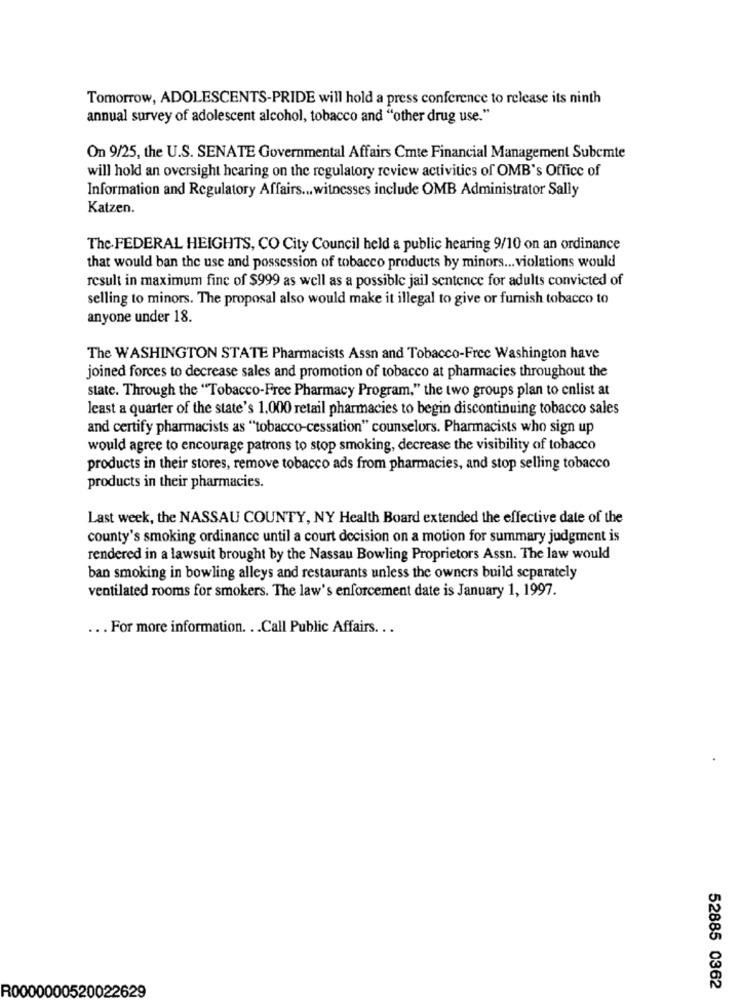
Tomorrow, ADOLESCENTS-PRIDE will hold a press conference to release its ninth
annual survey of adolescent alcohol, tobacco and "other drug use."
On 9/25, the U.S. SENATE Governmental Affairs Cmte Financial Management Subemte
will hold an oversight hearing on the regulatory review activities of OMB's Office of
Information and Regulatory Affairs ... witnesses include OMB Administrator Sally
Katzen.
The. FEDERAL HEIGHTS, CO City Council held a public hearing 9/10 on an ordinance
that would ban the use and possession of tobacco products by minors ... violations would
result in maximum fine of $999 as well as a possible jail sentence for adults convicted of
selling to minors. The proposal also would make it illegal to give or furnish tobacco to
anyone under 18.
The WASHINGTON STATE Pharmacists Assn and Tobacco-Free Washington have
joined forces to decrease sales and promotion of tobacco at pharmacies throughout the
state. Through the "Tobacco-Free Pharmacy Program," the two groups plan to cnlist at
least a quarter of the state's 1.000 retail pharmacies to begin discontinuing tobacco sales
and certify pharmacists as "tobacco-cessation" counselors. Pharmacists who sign up
would agree to encourage patrons to stop smoking, decrease the visibility of tobacco
products in their stores, remove tobacco ads from pharmacies, and stop selling tobacco
products in their pharmacies.
Last week, the NASSAU COUNTY, NY Health Board extended the effective date of the
county's smoking ordinance until a court decision on a motion for summary judgment is
rendered in a lawsuit brought by the Nassau Bowling Proprietors Assn. The law would
ban smoking in bowling alleys and restaurants unless the owners build separately
ventilated rooms for smokers. The law's enforcement date is January 1, 1997.
.. . For more information. . . Call Public Affairs ...
R0000000520022629
52885 0362